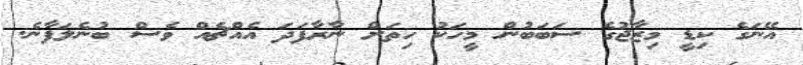
އޭނަގެ ކިޑީ މިޒާޖުގެ ސަބަބުން މީހަކު ހިތަށް ނާރާފަދަ އެއްޗެއް ވެސް ބުނެލަފާނެ.